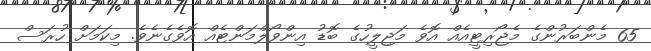
65 މެންބަރުންގެ މެޖޯރިޓީއެއް އޮވެ މަޖިލީހުގެ ބޮޑު އިންވޯލްމަންޓެއް އޮވެގެނެވެ. މިކަމަށް ހުރަސް